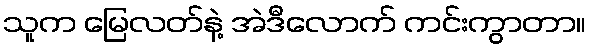
သူက မြေလတ်နဲ့ အဲဒီလောက် ကင်းကွာတာ။